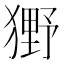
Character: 𤡒